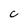
Character: c